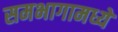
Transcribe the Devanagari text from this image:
समभागामध्ये